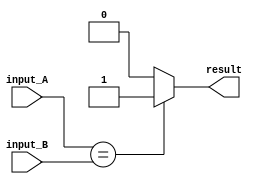
module comparator (
    input wire [7:0] input_A,
    input wire [7:0] input_B,
    output wire result
);

// Combinational logic
assign result = (input_A == input_B) ? 1'b1 : 
                (input_A < input_B) ? 1'b0 : 1'b0;

endmodule